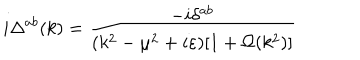
i \Delta ^ { a b } ( k ) = \frac { - i \delta ^ { a b } } { ( k ^ { 2 } - \mu ^ { 2 } + i \varepsilon ) [ 1 + \Omega ( k ^ { 2 } ) ] }